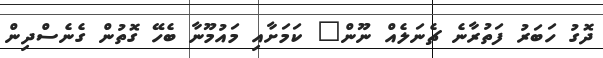
ދޮގު ހަބަރު ފަތުރާނެ ޗެނަލެއް ނޫން" ކަމަށާއި މައުމޫނާ ބެހޭ ގޮތުން ގެނެސްދިން